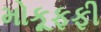
મોકૂફફી